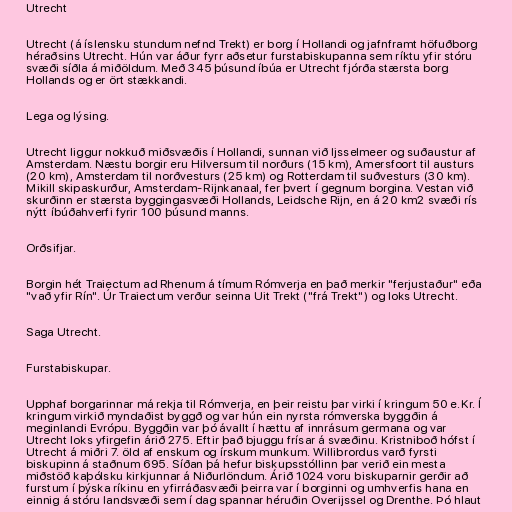
Utrecht

Utrecht (á íslensku stundum nefnd Trekt) er borg í Hollandi og jafnframt höfuðborg
héraðsins Utrecht. Hún var áður fyrr aðsetur furstabiskupanna sem ríktu yfir stóru
svæði síðla á miðöldum. Með 345 þúsund íbúa er Utrecht fjórða stærsta borg
Hollands og er ört stækkandi.

Lega og lýsing.

Utrecht liggur nokkuð miðsvæðis í Hollandi, sunnan við Ijsselmeer og suðaustur af
Amsterdam. Næstu borgir eru Hilversum til norðurs (15 km), Amersfoort til austurs
(20 km), Amsterdam til norðvesturs (25 km) og Rotterdam til suðvesturs (30 km).
Mikill skipaskurður, Amsterdam-Rijnkanaal, fer þvert í gegnum borgina. Vestan við
skurðinn er stærsta byggingasvæði Hollands, Leidsche Rijn, en á 20 km2 svæði rís
nýtt íbúðahverfi fyrir 100 þúsund manns.

Orðsifjar.

Borgin hét Traiectum ad Rhenum á tímum Rómverja en það merkir "ferjustaður" eða
"vað yfir Rín". Úr Traiectum verður seinna Uit Trekt ("frá Trekt") og loks Utrecht.

Saga Utrecht.

Furstabiskupar.

Upphaf borgarinnar má rekja til Rómverja, en þeir reistu þar virki í kringum 50 e.Kr. Í
kringum virkið myndaðist byggð og var hún ein nyrsta rómverska byggðin á
meginlandi Evrópu. Byggðin var þó ávallt í hættu af innrásum germana og var
Utrecht loks yfirgefin árið 275. Eftir það bjuggu frísar á svæðinu. Kristniboð hófst í
Utrecht á miðri 7. öld af enskum og írskum munkum. Willibrordus varð fyrsti
biskupinn á staðnum 695. Síðan þá hefur biskupsstóllinn þar verið ein mesta
miðstöð kaþólsku kirkjunnar á Niðurlöndum. Árið 1024 voru biskuparnir gerðir að
furstum í þýska ríkinu en yfirráðasvæði þeirra var í borginni og umhverfis hana en
einnig á stóru landsvæði sem í dag spannar héruðin Overijssel og Drenthe. Þó hlaut